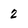
Character: 2